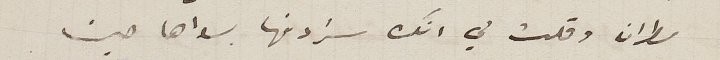
مطران وقلت لي انك ستردنها بسواها حين